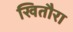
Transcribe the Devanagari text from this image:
खितौरा